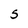
Character: S